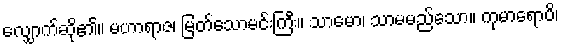
လျှောက်ဆို၏။ မဟာရာဇ၊ မြတ်သောမင်းကြီး။ သာမော၊ သာမမည်သော။ ကုမာရောပိ၊